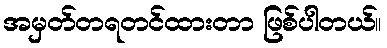
အမှတ်တရတင်ထားတာ ဖြစ်ပါတယ်။